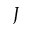
J